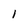
Character: l